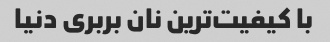
با کیفیت‌ترین نان بربری دنیا